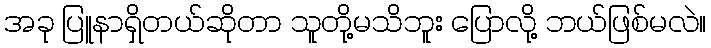
အခု ပြူနာရှိတယ်ဆိုတာ သူတို့မသိဘူး ပြောလို့ ဘယ်ဖြစ်မလဲ။